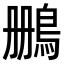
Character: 𫚷